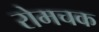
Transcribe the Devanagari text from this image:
रोमचक